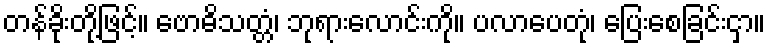
တန်ခိုးတို့ဖြင့်။ ဗောဓိသတ္တံ၊ ဘုရားလောင်းကို။ ပလာပေတုံ၊ ပြေးစေခြင်းငှာ။